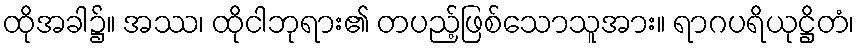
ထိုအခါ၌။ အဿ၊ ထိုငါဘုရား၏ တပည့်ဖြစ်သောသူအား။ ရာဂပရိယုဋ္ဌိတံ၊